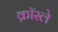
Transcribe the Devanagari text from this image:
क्रॉस्ले